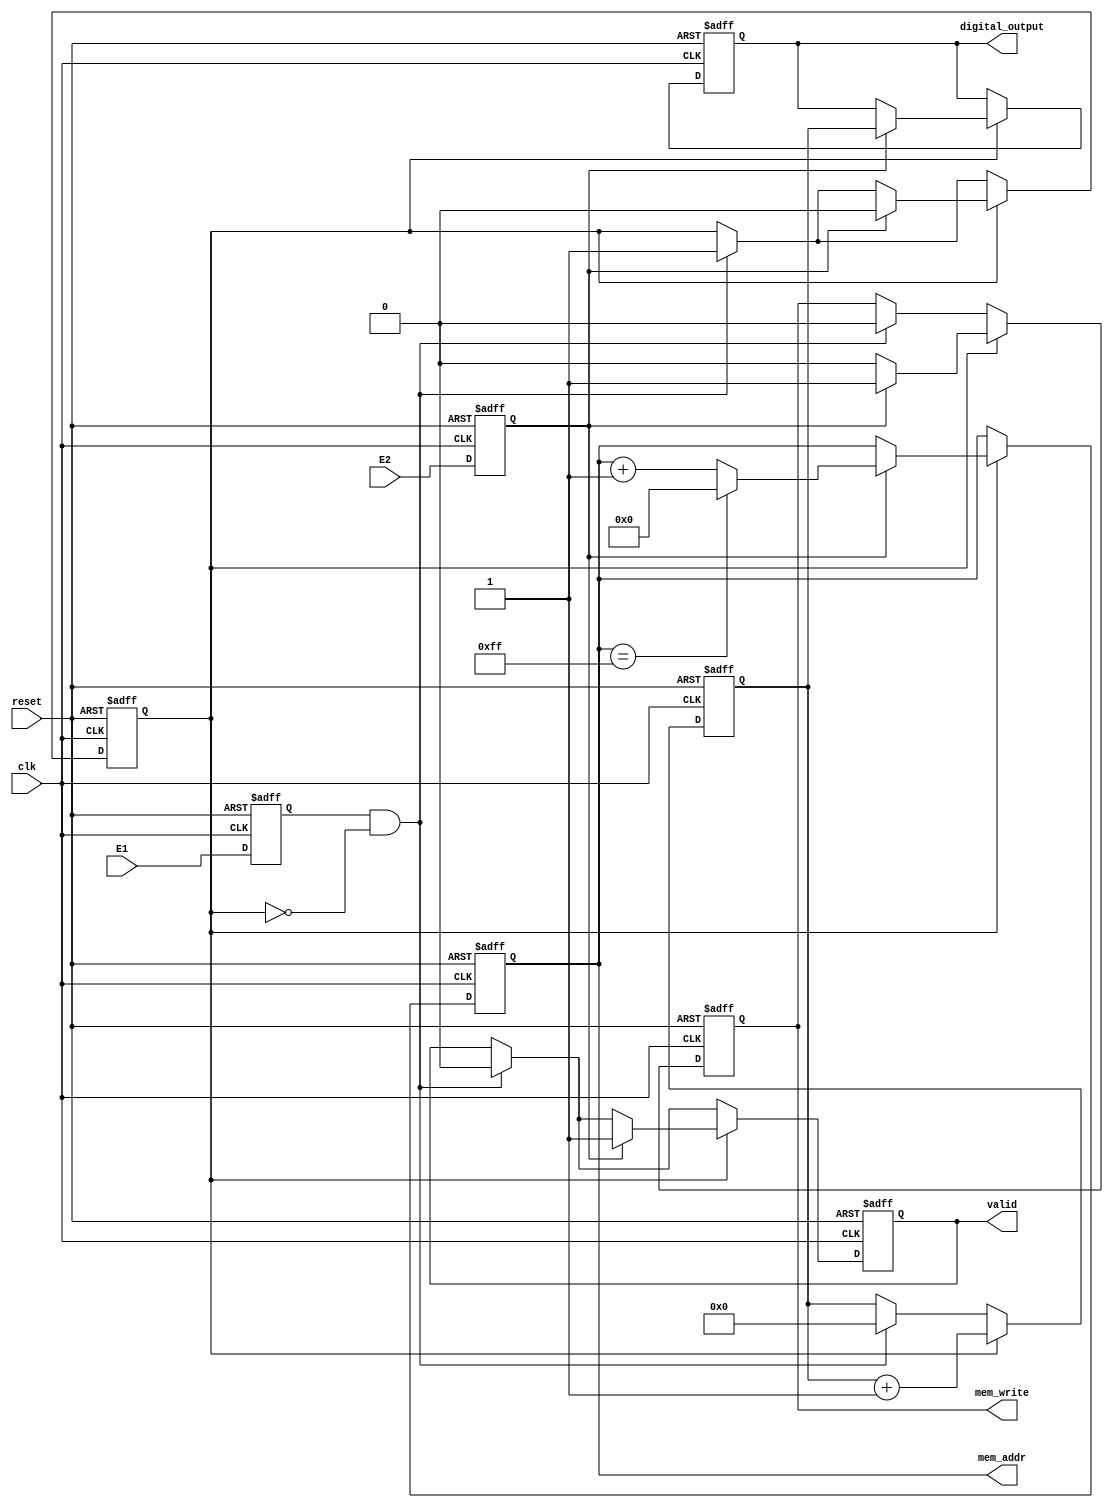
module TDC (
    input clk,          // High-frequency clock
    input reset,        // Reset signal
    input E1,          // Input signal E1
    input E2,          // Input signal E2
    output reg [15:0] digital_output, // Digital output representation of time interval
    output reg valid,   // Indicates valid output data
    output reg [7:0] mem_addr, // Memory address for storage
    output reg mem_write // Memory write enable signal
);

// Internal signals
reg [15:0] counter;     // Counter to measure time intervals
reg edge_E1;            // Rising edge detection for E1
reg edge_E2;            // Rising edge detection for E2
reg measuring;          // State variable to determine if we are measuring
reg [15:0] memory [255:0]; // Memory block to store the measurement

// Edge detection for E1 and E2
always @(posedge clk or posedge reset) begin
    if (reset) begin
        edge_E1 <= 0;
        edge_E2 <= 0;
    end else begin
        edge_E1 <= E1;
        edge_E2 <= E2;
    end
end

// Main measurement logic
always @(posedge clk or posedge reset) begin
    if (reset) begin
        counter <= 0;
        digital_output <= 0;
        valid <= 0;
        measuring <= 0;
        mem_addr <= 0;
        mem_write <= 0;
    end else begin
        if (edge_E1 && !measuring) begin
            // Start measuring on the rising edge of E1
            measuring <= 1;
            counter <= 0; // Reset counter
            valid <= 0; // Reset valid signal
            mem_write <= 0; // Ensure no memory write initially
        end 
        
        if (measuring) begin
            counter <= counter + 1; // Increment counter on every clock cycle
            
            if (edge_E2) begin
                // Stop measuring on the rising edge of E2
                measuring <= 0;
                digital_output <= counter; // Store the count as digital output
                valid <= 1; // Mark data as valid
                mem_write <= 1; // Enable memory write
                memory[mem_addr] <= digital_output; // Store the result in memory
                mem_addr <= mem_addr + 1; // Increment memory address
                
                // Optionally reset when full or wraparound
                if (mem_addr == 255)
                    mem_addr <= 0; // Wrap around when memory full
            end else begin
                mem_write <= 0; // Disable memory write while measuring
            end
        end
    end
end

endmodule